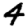
Digit: 4